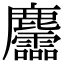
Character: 麢